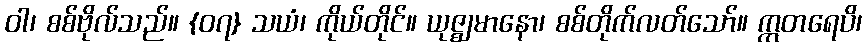
ဝါ၊ စစ်ဗိုလ်သည်။ {၀၇} သယံ၊ ကိုယ်တိုင်။ ယုဇ္ဈမာနော၊ စစ်တိုက်လတ်သော်။ ဣတရေပိ၊